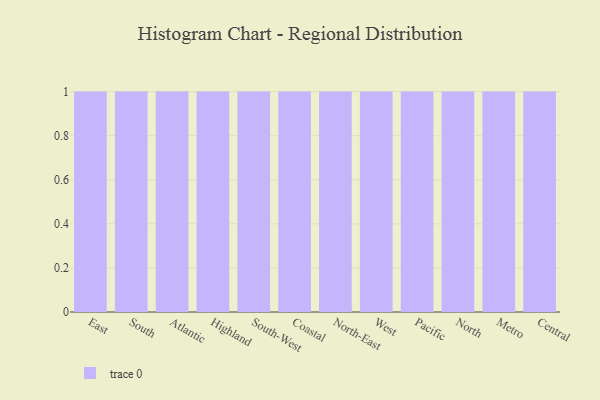
{"axis": {"x": "Region", "y": "Production Output"}, "legend": [""], "data": [{"x": "East", "y": 7, "type": ""}, {"x": "South", "y": 6, "type": ""}, {"x": "Atlantic", "y": 28, "type": ""}, {"x": "Highland", "y": 16, "type": ""}, {"x": "South-West", "y": 94, "type": ""}, {"x": "Coastal", "y": 29, "type": ""}, {"x": "North-East", "y": 20, "type": ""}, {"x": "West", "y": 93, "type": ""}, {"x": "Pacific", "y": 93, "type": ""}, {"x": "North", "y": 92, "type": ""}, {"x": "Metro", "y": 37, "type": ""}, {"x": "Central", "y": 25, "type": ""}]}